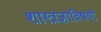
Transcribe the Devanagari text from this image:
शास्त्रज्ञाविषयी